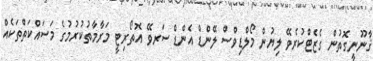
ޤާނޫނީގޮތުން ގެޒެޓްކުރެވޭ ލިޔުން މޯލްޑިވްސް ލޭންޑް އެންޑް ސަރވޭ އޮތޯރިޓީ މަރާމާތުކުރުމުގެ މަސައްކަތްތަކެއް